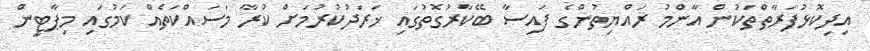
އިދިކޮޅުފަރާތްތަކުން އާންމު ރައްޔިތުންގެ ފައިސާ ބޭކާރުގޮތުގައި ޚަރަދުކުރުމަށް ކުރާ މަސައްކަތެއް ކަމުގައި މިޕާޓީން